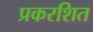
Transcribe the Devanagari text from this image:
प्रकरशित